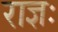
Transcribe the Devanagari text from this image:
राज्ञः